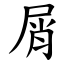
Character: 屑